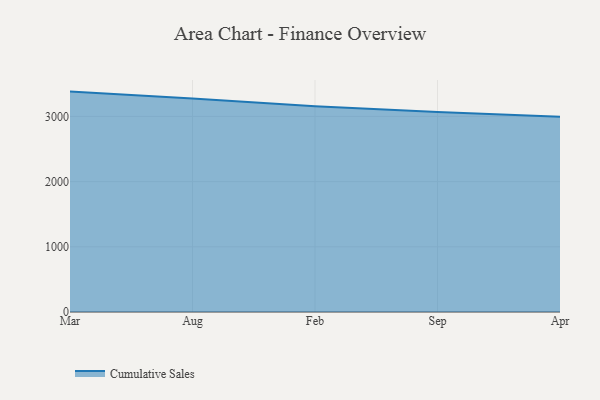
{"axis": {"x": "Month", "y": "Waste Production (Tons)"}, "legend": ["Cumulative Sales"], "data": [{"x": "Mar", "y": 3380.9, "type": "Cumulative Sales"}, {"x": "Aug", "y": 3274.0, "type": "Cumulative Sales"}, {"x": "Feb", "y": 3155.4, "type": "Cumulative Sales"}, {"x": "Sep", "y": 3069.8, "type": "Cumulative Sales"}, {"x": "Apr", "y": 2995.9, "type": "Cumulative Sales"}]}